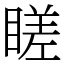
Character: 䁟